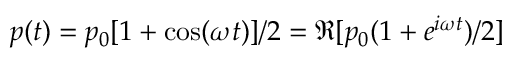
p ( t ) = p _ { 0 } [ 1 + \cos ( \omega t ) ] / 2 = \Re [ p _ { 0 } ( 1 + e ^ { i \omega t } ) / 2 ]